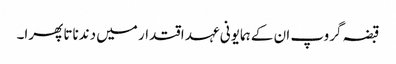
قبضہ گروپ ان کے ہمایونی عہد اقتدار میں دندناتا پھرا۔